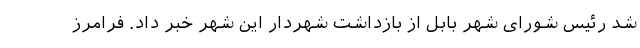
شد رئیس شورای شهر بابل از بازداشت شهردار این شهر خبر داد. فرامرز